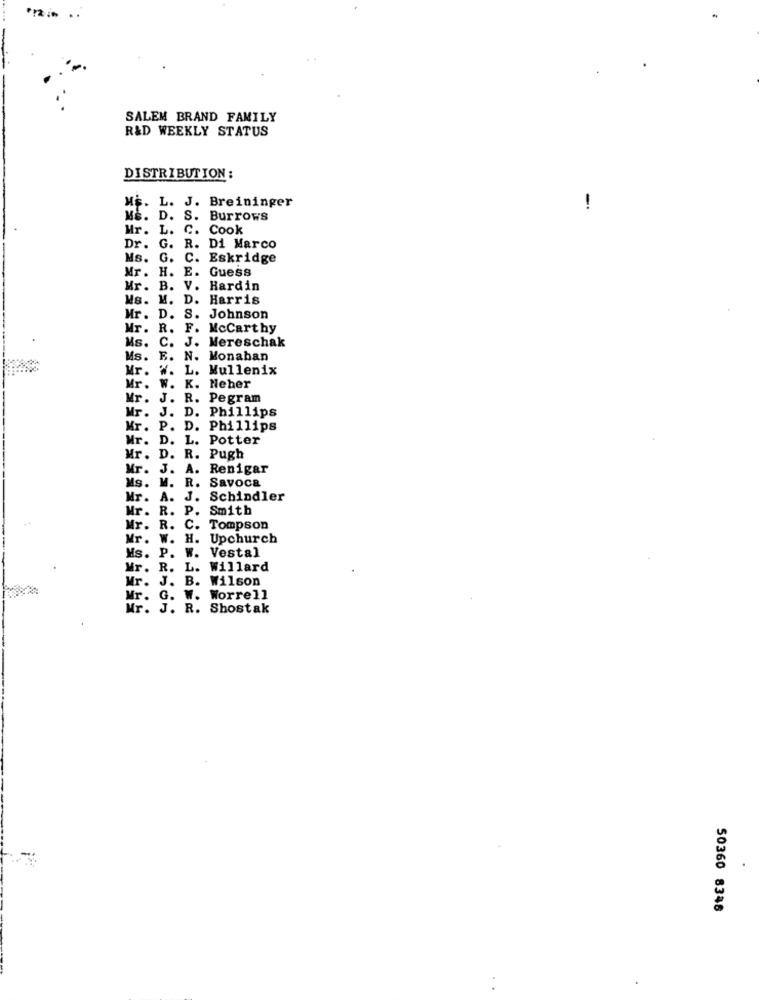
... ..
SALEM BRAND FAMILY
R&D WEEKLY STATUS
DISTRIBUTION;
MF. L. J. Breininger
-
Me. D. S. Burrows
Mr.
L. C. Cook
Dr.
G. R. Di Marco
Ms.
G. C. Eskridge
Mr.
H. E. Guess
Mr.
B. V. Hardin
Ms.
M. D. Harris
Mr. D. S. Johnson
Mr. R. F. McCarthy
Ms.
C. J. Mereschak
Ms.
E. N. Monaban
Mr.
W. L. Mullenix
Mr.
W. K. Heher
Mr.
J. R. Pegram
Mr .
J. D. Phillips
Mr .
P. D. Phillips
Mr.
D. L. Potter
Mr .
D. R. Pugh
Mr.
A. Renigar
Ms. M. R. SaVOCE
Mr.
A. J. Schindler
Mr.
R. P. Smith
Mr. R. C. Tompson
Mr. W. H. Upchurch
Ms. P. W. Vestal
Mr. R. L. Willard
Mr. J. B. Wilson
Mr. G. W. Worrell
Mr. J. R. Shostak
50360 8348